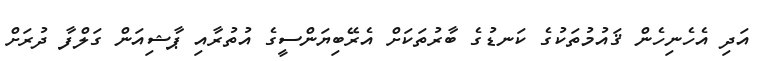
އަދި އެހެނިހެން ޤައުމުތަކުގެ ކަނޑުގެ ބާރުތަކަށް އެރޭބިޔަންސީގެ އުތުރާއި ޕާޝިއަން ގަލްފާ ދުރަށް